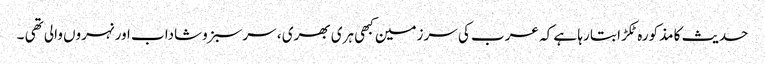
حدیث کا مذکورہ ٹکڑا بتا رہا ہے کہ عرب کی سرزمین کبھی ہری بھری ، سرسبزوشاداب اور نہروں والی تھی ۔